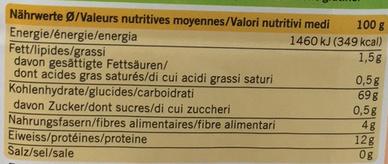
Nährwerte Ø/Valeurs nutritives moyennes/Valori nutritivi medi
Energie/énergie/energia Fett/lipides/grassi
davon gesättigte Fettsäuren/
dont acides gras saturés/di cui acidi grassi saturi Kohlenhydrate/glucides/carboidrati
davon Zucker/dont sucres/di cui zuccheri Nahrungsfasern/fibres alimentaires/fibre alimentari Eiweiss/protéines/proteine
Salz/sel/sale
100 g
1460 kJ (349 kcal)
1,5g
0,5g
69 g
0,5g
4g 12g
0g